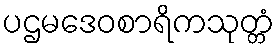
ပဌမဒေဝစာရိကသုတ္တံ